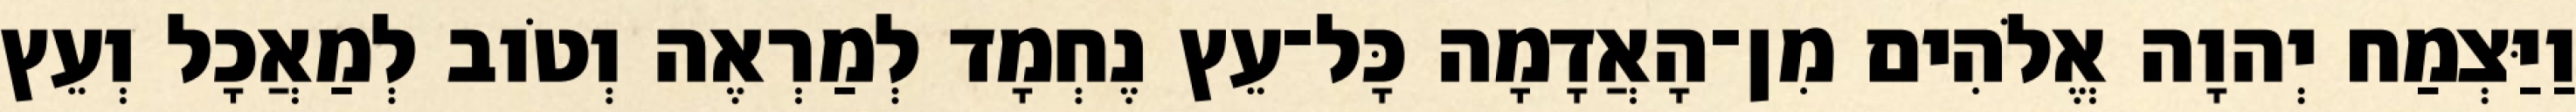
וַיַּצְמַח יְהוָה אֱלֹהִים מִן־הָאֲדָמָה כָּל־עֵץ נֶחְמָד לְמַרְאֶה וְטֹוב לְמַאֲכָל וְעֵץ